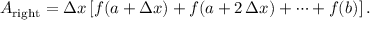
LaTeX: A _ { \mathrm { r i g h t } } = \Delta x \left[ f ( a + \Delta x ) + f ( a + 2 \, \Delta x ) + \cdots + f ( b ) \right] .